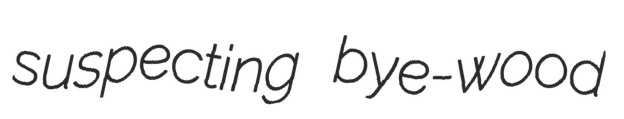
suspecting bye-wood